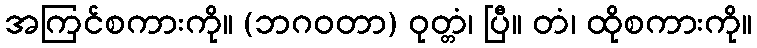
အကြင်စကားကို။ (ဘဂဝတာ) ဝုတ္တံ၊ ပြီ။ တံ၊ ထိုစကားကို။